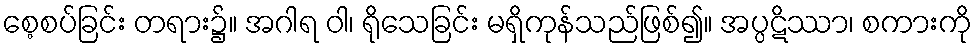
စေ့စပ်ခြင်း တရား၌။ အဂါရ ဝါ၊ ရိုသေခြင်း မရှိကုန်သည်ဖြစ်၍။ အပ္ပဋိဿာ၊ စကားကို